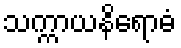
သက္ကာယနိရောဓံ